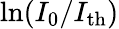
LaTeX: \ln(I_{0}/I_{\mathrm{th}})